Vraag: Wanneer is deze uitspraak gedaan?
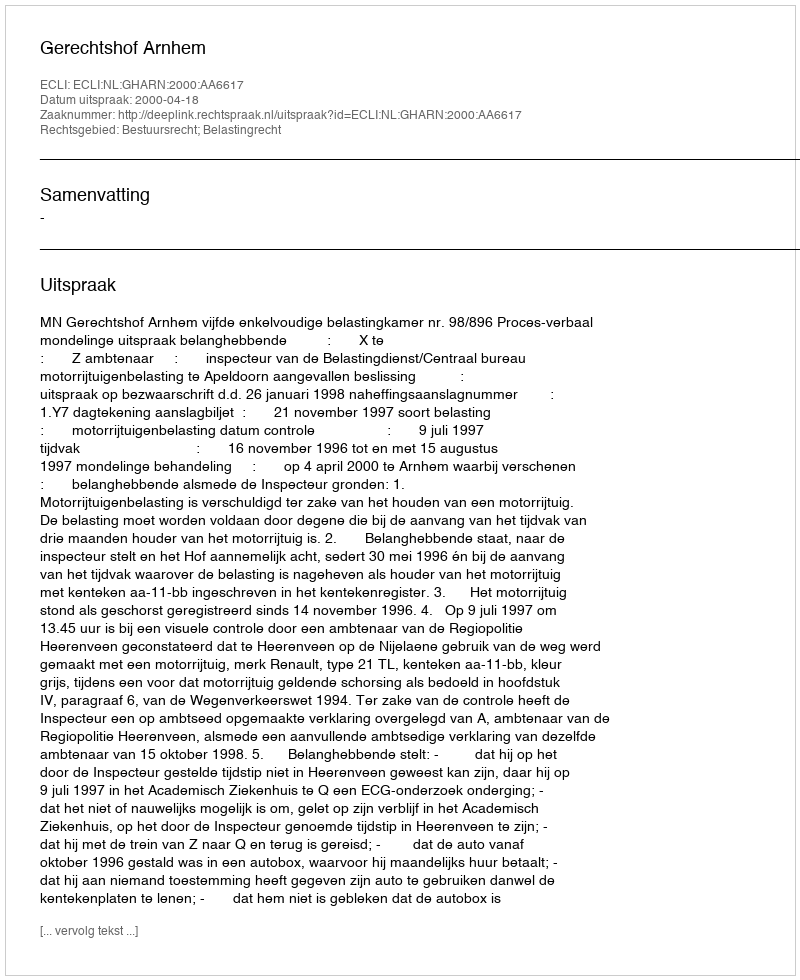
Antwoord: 2000-04-18